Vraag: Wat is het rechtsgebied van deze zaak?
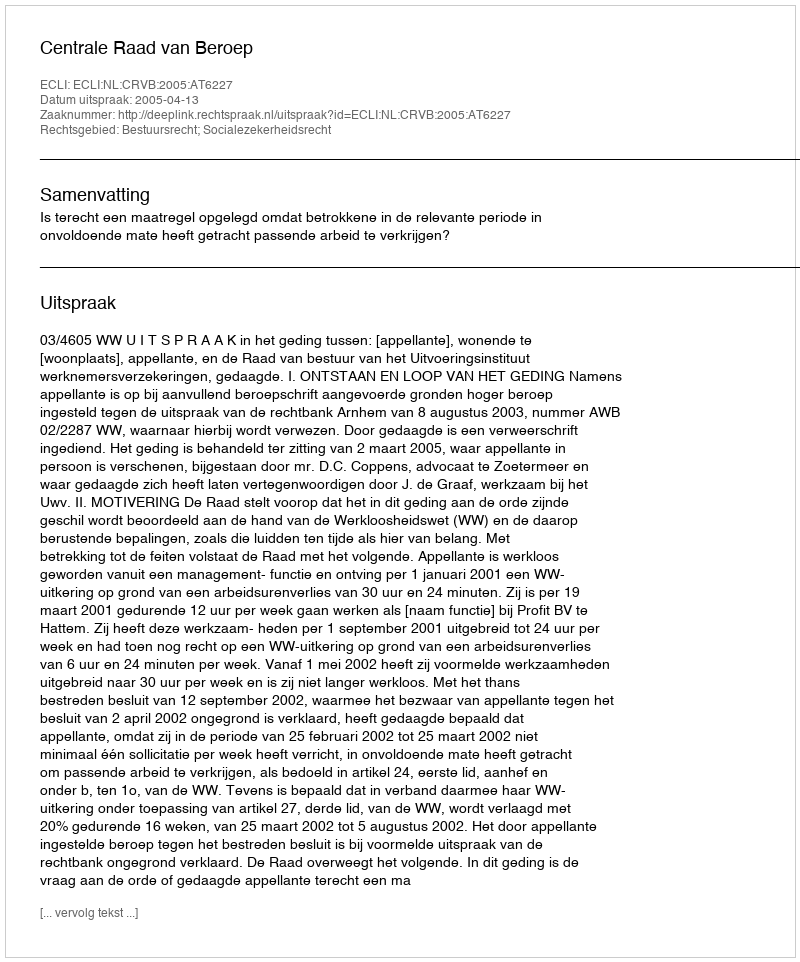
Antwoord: Bestuursrecht; Socialezekerheidsrecht